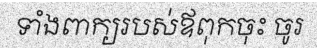
ទាំងពាក្យរបស់ឪពុកចុះ ចូរ